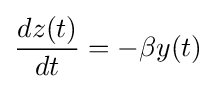
{\frac {dz(t)}{dt}}=-\beta y(t)